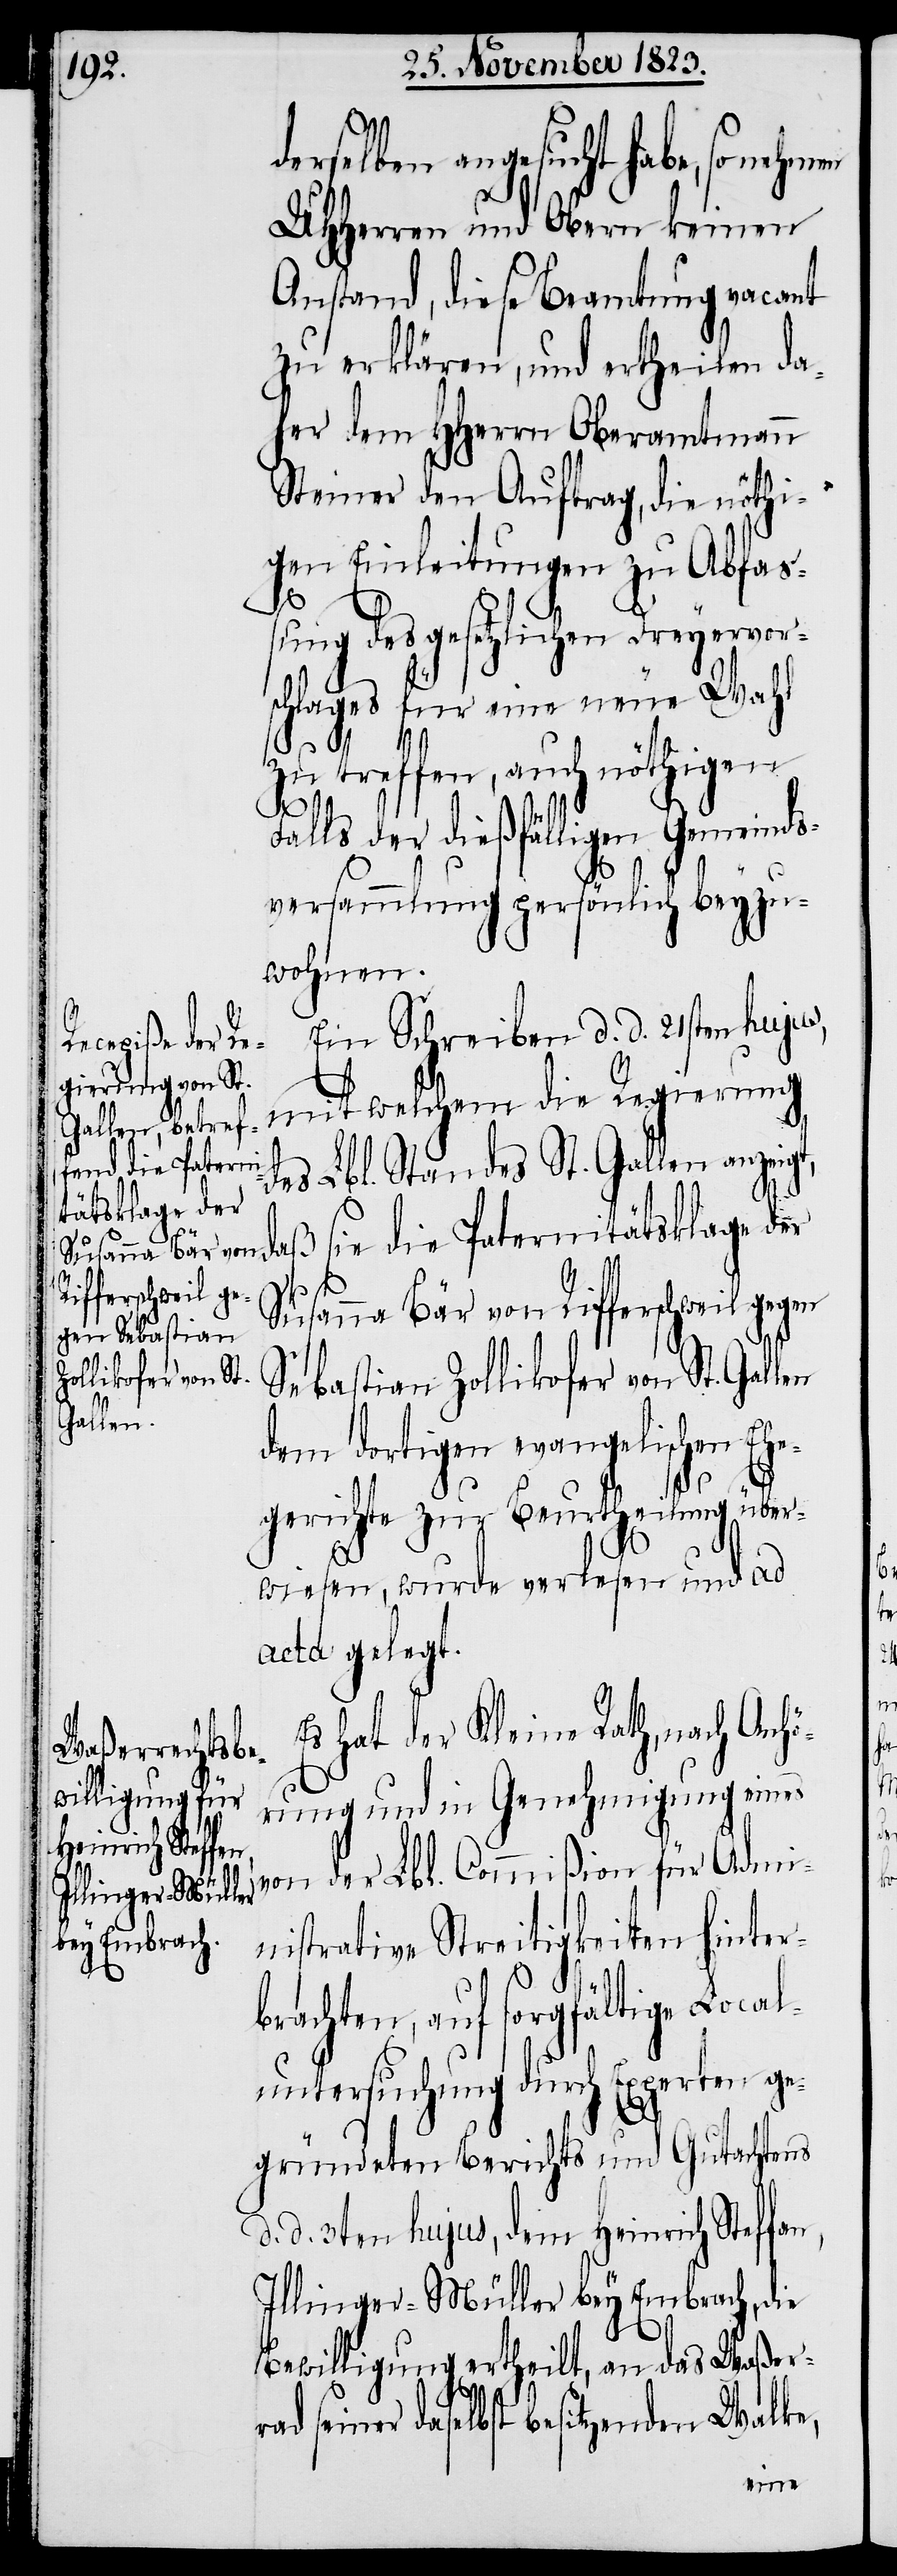
derselben angesucht habe, so nehm¬
UHHerren und Obern keinen
Anstand, diese Beamtung vacant
zu erklären, und ertheilen da¬
her dem HHerrn Oberamtmann
Steiner den Auftrag, die nöthi¬
gen Einleitungen zu Abfa¬
ßung des gesetzlichen Dreyervor¬
schlages für eine neue Wahl
zu treffen, auch nöthigen
Falls der dießfälligen Gemeinds¬
versammlung persönlich beyzu¬
wohnen.
Ein Schreiben d. d. 21sten hujus,
rad seiner
des Lbl. Standes St. Gallen anzeigt,
daß sie die Paternitätsklage der
Susanna Bär von
Rifferschweil ge¬
gen Sebastian
Zollikofer von St.
Gallen
dem dortigen evangelischen Ehe¬
gerichte zur Beurtheilung über¬
wiesen, wurde verlesen und ad
acta gelegt.
Es hat der Kleine Rath, nach Anh¬
örung und in Genehmigung eines
von der Lbl. Commißion für Admi¬
nistrative Streitigkeiten hinter¬
brachten, auf sorgfältige Local¬
untersuchung durch Experten ge¬
gründeten Berichts und Gutachtens
d. d. 3ten hujus, dem Heinrich Steffan
Illinger-Müller bey Embrach, die
Bewilligung ertheilt, an das Waßer¬
daselbst besitzenden Walke,
en